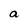
Character: a